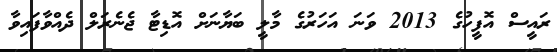
ރައީސް އޮފީހުގެ 2013 ވަނަ އަހަރުގެ މާލީ ބަޔާނަށް އޮޑިޓާ ޖެނެރަލް ދެއްވާފައިވާ